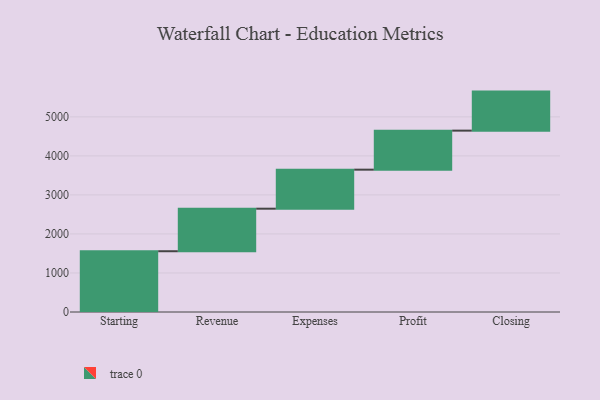
{"axis": {"x": "Step", "y": "Value"}, "legend": [""], "data": [{"x": "Starting", "y": 1557.0, "type": ""}, {"x": "Revenue", "y": 1090.0, "type": ""}, {"x": "Expenses", "y": 1000, "type": ""}, {"x": "Profit", "y": 1000, "type": ""}, {"x": "Closing", "y": 1000, "type": ""}]}